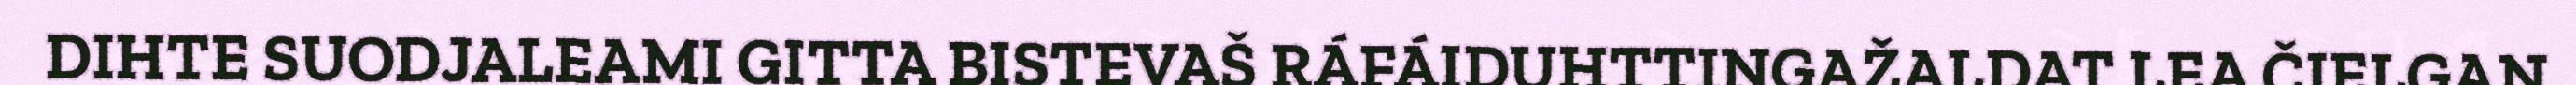
DIHTE SUODJALEAMI GITTA BISTEVAŠ RÁFÁIDUHTTINGAŽALDAT LEA ČIELGAN.